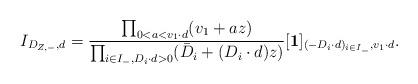
LaTeX: \begin{align*}I_{D_{Z,-},d}=\frac{\prod_{0<a<v_1\cdot d}(v_1+az)}{\prod_{i\in I_-, D_i\cdot d>0}(\bar D_i+(D_i\cdot d)z)}[\textbf{1}]_{(-D_i\cdot d)_{i\in I_-},v_1\cdot d}.\end{align*}